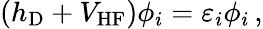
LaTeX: \left(h_{\mathrm{D}}+V_{\mathrm{HF}}\right)\phi_{i}=\varepsilon_{i}\phi_{i}\, ,